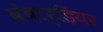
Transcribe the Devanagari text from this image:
बंबार्डियर